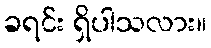
ခရင်း ရှိပါသလား။